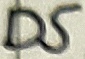
Text: D5